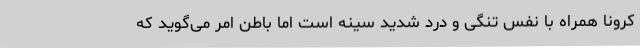
کرونا همراه با نفس تنگی و درد شدید سینه است اما باطن امر می‌گوید که